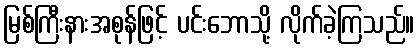
မြစ်ကြီးနားအစုန်ဖြင့် ပင်းဘောသို့ လိုက်ခဲ့ကြသည်။